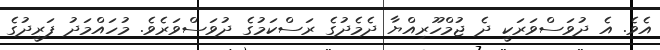
އެވެ. އެ ދުވަސްވަރަކީ ދެ ޖުމްހޫރިއްޔާ ދެމެދުގެ ރަސްކަމުގެ ދުވަސްވަރެވެ. މުހައްމަދު ފަރީދުގެ